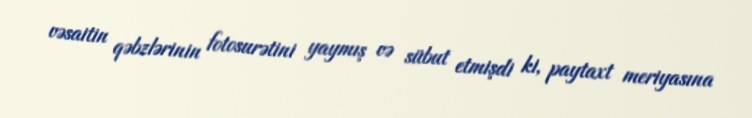
vəsaitin qəbzlərinin fotosurətini yaymış və sübut etmişdi ki, paytaxt meriyasına